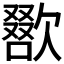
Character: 𣤌